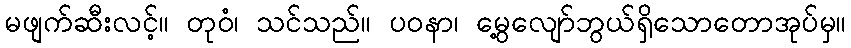
မဖျက်ဆီးလင့်။ တုဝံ၊ သင်သည်။ ပဝနာ၊ မွေ့လျော်ဘွယ်ရှိသောတောအုပ်မှ။